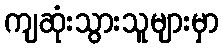
ကျဆုံးသွားသူများမှာ